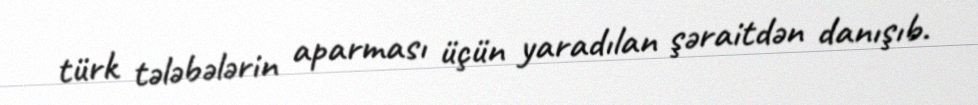
türk tələbələrin aparması üçün yaradılan şəraitdən danışıb.